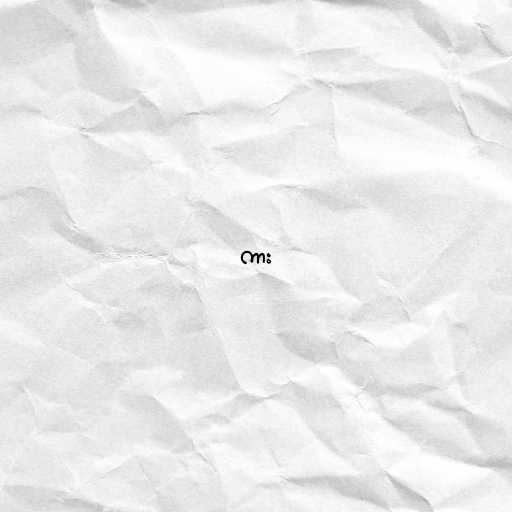
ကား